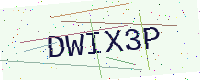
Text: DWIX3P